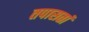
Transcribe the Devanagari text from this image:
तपासतां